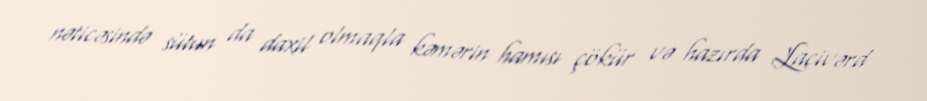
nəticəsində sütun da daxil olmaqla kəmərin hamısı çökür və hazırda Lacivərd